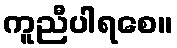
ကူညီပါရစေ။